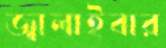
জ্বালাইবার